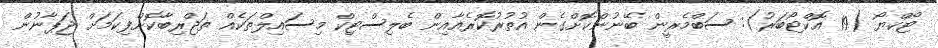
ޓޯކްޔޯ (19 އޮކްޓޯބަރު): ސަބްމެރީން ބޭނުންކޮށްގެން އުތުރުކޮރެއާއިން ބެލިސްޓިކް މިސައިލްތަކެއް ތަޖްރިބާކޮށްފިކަމަށް ޖަޕާނުން